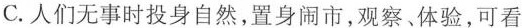
C.人们无事时投身自然，置身闹市，观察、体验，可看